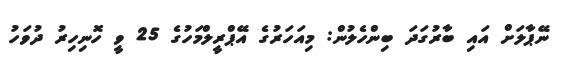
ނޭޕާލަށް އައި ބާރުގަދަ ބިންހެލުން: މިއަހަރުގެ އޭޕްރީލްމަހުގެ 25 ވީ ހޮނިހިރު ދުވަހު